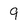
Character: 9